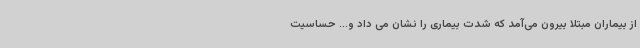
از بیماران مبتلا بیرون می‌آمد که شدت بیماری را نشان می داد و... حساسیت